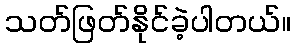
သတ်ဖြတ်နိုင်ခဲ့ပါတယ်။